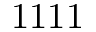
1 1 1 1